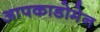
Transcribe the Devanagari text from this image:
आपकाडोमेन